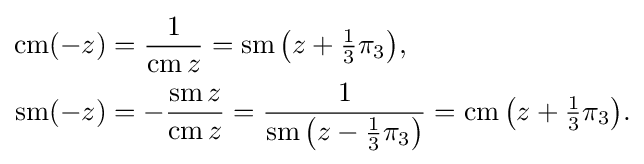
{\begin{aligned}\operatorname {cm} (-z)&={\frac {1}{\operatorname {cm} z}}=\operatorname {sm} {\bigl (}z+{\tfrac {1}{3}}\pi _{3}{\bigr )},\\\operatorname {sm} (-z)&=-{\frac {\operatorname {sm} z}{\operatorname {cm} z}}={\frac {1}{\operatorname {sm} {\bigl (}z-{\tfrac {1}{3}}\pi _{3}{\bigr )}}}=\operatorname {cm} {\bigl (}z+{\tfrac {1}{3}}\pi _{3}{\bigr )}.\end{aligned}}